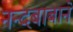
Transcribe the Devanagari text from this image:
नन्दबाबाने